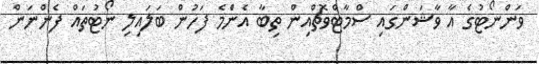
ވަންނޯޓުގެ އާ ވާޝަންގައި ސްމާޓްވޮޗްއިން ތިބާ އެންެމެ ފަހުން ބަލައިލި ނޯޓުތައް ފެންނަން